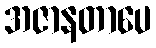
အဇာနတာပေ